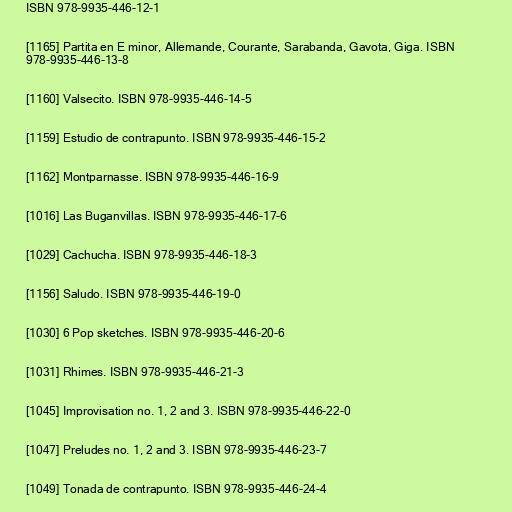
ISBN 978-9935-446-12-1

[1165] Partita en E minor, Allemande, Courante, Sarabanda, Gavota, Giga. ISBN
978-9935-446-13-8

[1160] Valsecito. ISBN 978-9935-446-14-5

[1159] Estudio de contrapunto. ISBN 978-9935-446-15-2

[1162] Montparnasse. ISBN 978-9935-446-16-9

[1016] Las Buganvillas. ISBN 978-9935-446-17-6

[1029] Cachucha. ISBN 978-9935-446-18-3

[1156] Saludo. ISBN 978-9935-446-19-0

[1030] 6 Pop sketches. ISBN 978-9935-446-20-6

[1031] Rhimes. ISBN 978-9935-446-21-3

[1045] Improvisation no. 1, 2 and 3. ISBN 978-9935-446-22-0

[1047] Preludes no. 1, 2 and 3. ISBN 978-9935-446-23-7

[1049] Tonada de contrapunto. ISBN 978-9935-446-24-4